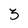
Character: 3